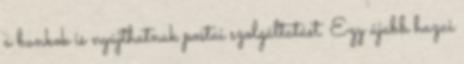
a bankok is nyújthatnak postai szolgáltatást. Egy újabb hazai